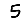
Digit: 5